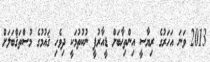
2013 ވަނަ އަހަރުގެ ރިޔާސީ އިންތިޚާބަށް ޑީއާރުޕީ ނުކުތުމަކީ ދިވެހި ޤައުމުގެ މުސްތަޤްބަލަށް